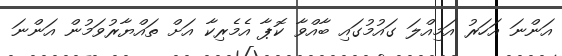
އަންނަ އަހަރު އަމިއްލަ ގައުމުގައި ބާއްވާ ކޮޕާ އެމެރިކާ އަށް ތައްޔާރުވަމުން އަންނަ